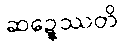
ဆဍ္ဍေဿတိ